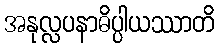
အနုလ္လပနာဓိပ္ပါယဿာတိ